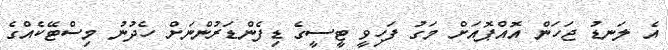
އެ ލަނޑު ޖަހަން އޮއްޕޮއަށް މަގު ފަހިވީ ޓީސީގެ ޑިފެންޑަރުންނަށް ހެދުނު މިސްޓޭކެއްގެ